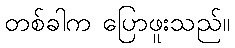
တစ်ခါက ပြောဖူးသည်။